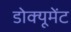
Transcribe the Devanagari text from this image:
डोक्यूमेंट